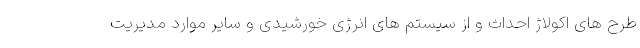
طرح های اکولاژ احداث و از سیستم های انرژی خورشیدی و سایر موارد مدیریت